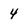
Character: 4